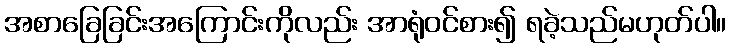
အစာခြေခြင်းအကြောင်းကိုလည်း အာရုံဝင်စား၍ ရခဲ့သည်မဟုတ်ပါ။